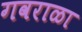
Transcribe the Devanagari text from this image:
गवराळा